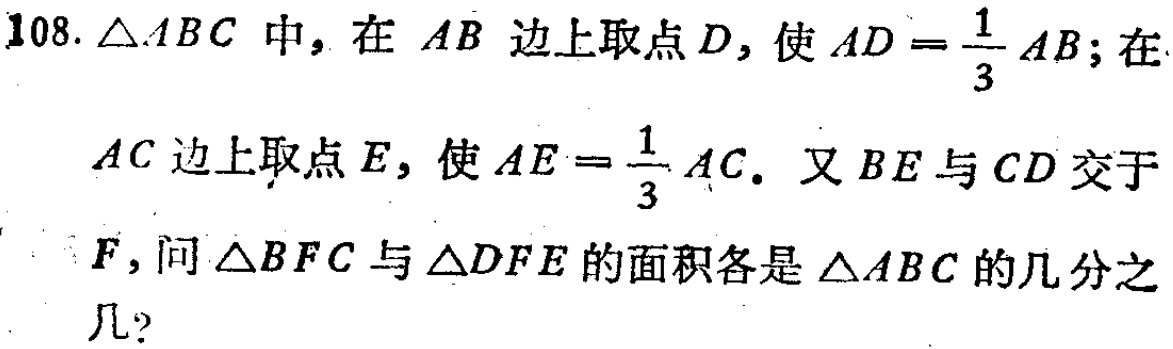
108. $\triangle ABC$中，在$AB$边上取点$D$，使$AD = \frac{1}{3}AB$；在

$AC$边上取点$E$，使$AE = \frac{1}{3}AC$. 又$BE$与$CD$交于

$F$，问$\triangle BFC$与$\triangle DFE$的面积各是$\triangle ABC$的几分之

几？